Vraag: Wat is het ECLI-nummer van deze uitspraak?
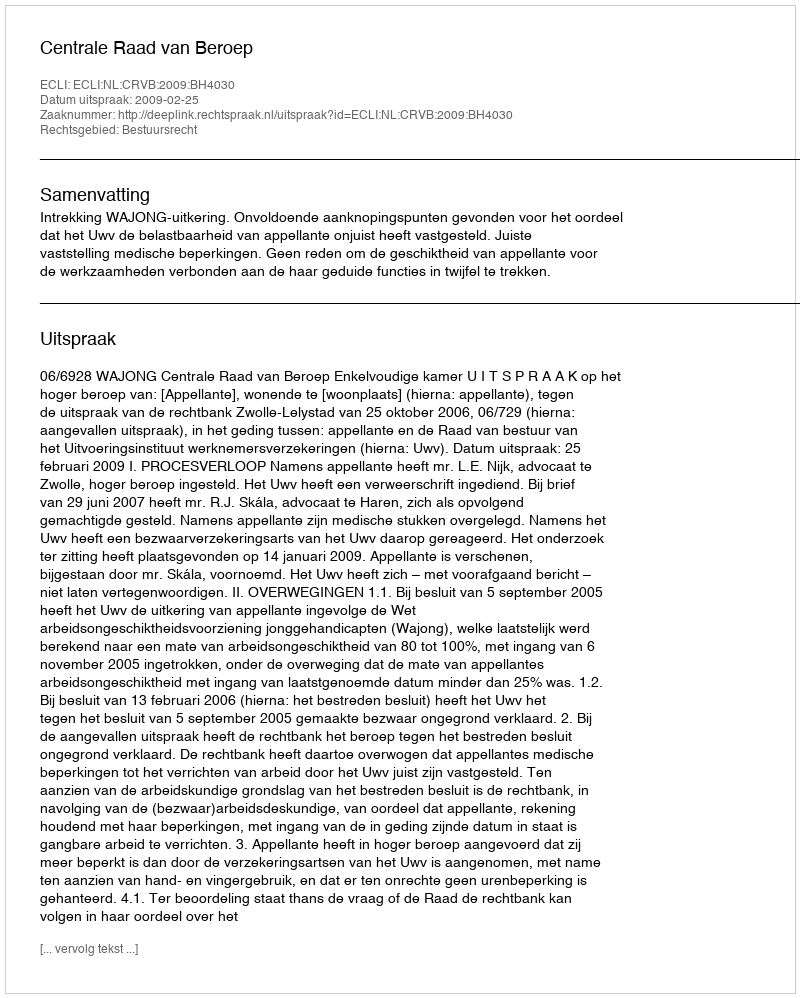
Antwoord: ECLI:NL:CRVB:2009:BH4030